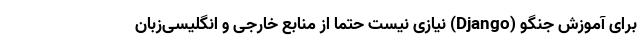
برای آموزش جنگو (Django) نیازی نیست حتما از منابع خارجی و انگلیسی‌زبان